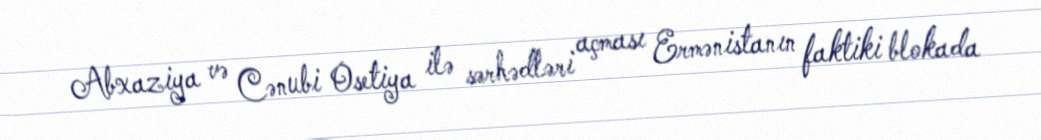
Abxaziya və Cənubi Osetiya ilə sərhədləri açması Ermənistanın faktiki blokada